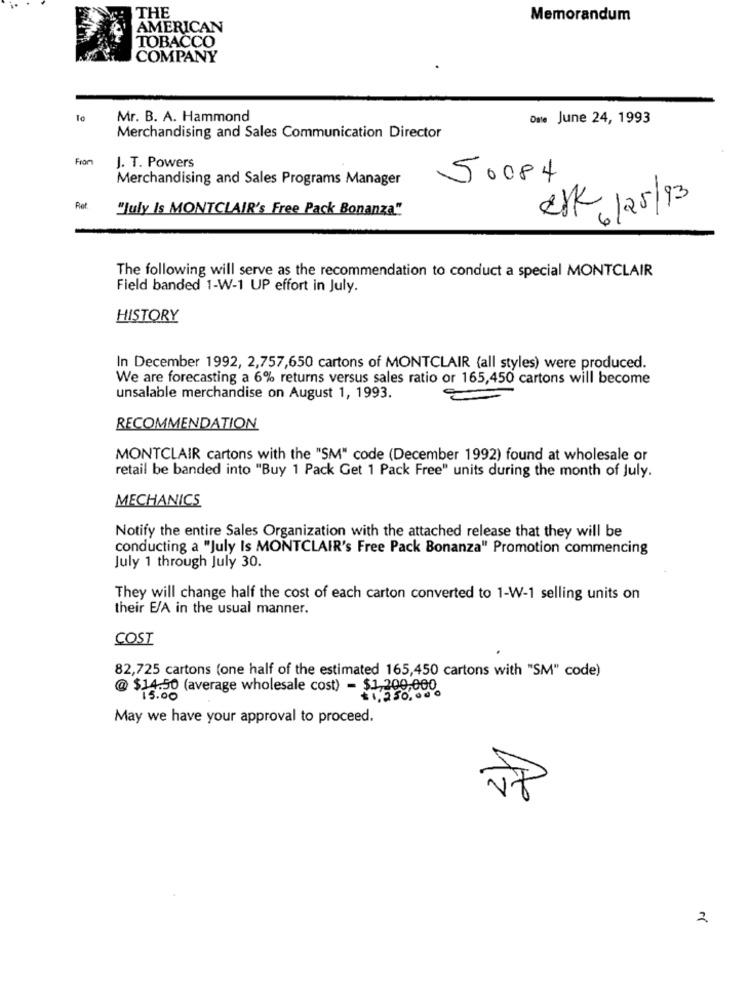
THE
Memorandum
AMERICAN
TOBACCO
COMPANY
Mr. B. A. Hammond
Omte June 24, 1993
Merchandising and Sales Communication Director
From
J. T. Powers
Merchandising and Sales Programs Manager
50084
Ref.
"july is MONTCLAIR's Free Pack Bonanza"
RAK6/25/93
The following will serve as the recommendation to conduct a special MONTCLAIR
Field banded 1-W-1 UP effort in July.
HISTORY
In December 1992, 2,757,650 cartons of MONTCLAIR (all styles) were produced.
We are forecasting a 6% returns versus sales ratio or 165,450 cartons will become
unsalable merchandise on August 1, 1993.
RECOMMENDATION
MONTCLAIR cartons with the "SM" code (December 1992) found at wholesale or
retail be banded into "Buy 1 Pack Get 1 Pack Free" units during the month of July.
MECHANICS
Notify the entire Sales Organization with the attached release that they will be
conducting a "July Is MONTCLAIR's Free Pack Bonanza" Promotion commencing
July 1 through July 30.
They will change half the cost of each carton converted to 1-W-1 selling units on
their E/A in the usual manner.
COST
82,725 cartons (one half of the estimated 165,450 cartons with "SM" code)
@ $14.50 (average wholesale cost) - $1,200,000
£1,250.000
May we have your approval to proceed.
2